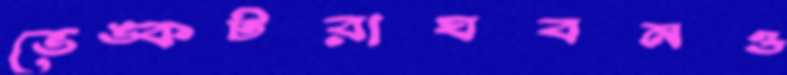
ভেঙ্কটরাঘবনও